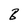
Character: B